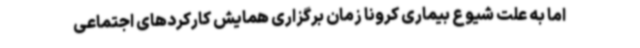
اما به علت شیوع بیماری کرونا زمان برگزاری همایش کارکردهای اجتماعی